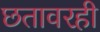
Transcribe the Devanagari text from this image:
छतावरही